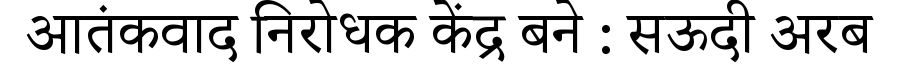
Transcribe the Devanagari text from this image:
आतंकवाद निरोधक केंद्र बने : सऊदी अरब